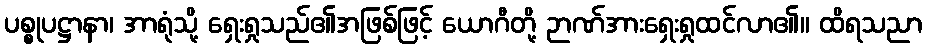
ပစ္စုပဋ္ဌာနာ၊ အာရုံသို့ ရှေးရှုသည်၏အဖြစ်ဖြင့် ယောဂီတို့ ဉာဏ်အားရှေးရှုထင်လာ၏။ ထိရသညာ